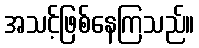
အသင့်ဖြစ်နေကြသည်။